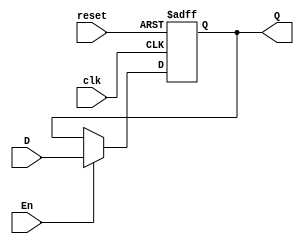
module flipflop(input clk, reset,En, D, output reg Q);
  always @ (posedge clk or posedge reset) begin
    if (reset)
      Q <= 1'b0;
    else if (En)
      Q <= D;
  end
endmodule

module FLIPFLOPJK(input clk, reset, En, J, K, output Q);

wire nQ, nK, A1, A2, d;

not(nQ, Q);
not(nK, K);

and(A1, nK, Q);
and(A2, J, nQ);

or(d, A1, A2);

flipflop a(clk, reset, En, d, Q);

endmodule